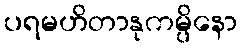
ပရမဟိတာနုကမ္ပိနော